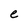
Character: e